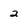
Character: 2